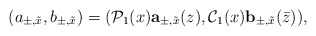
\begin{align*}(a_{\pm,\tilde x},b_{\pm,\tilde x})=(\mathcal P_1(x)\mbox{\bf a}_{\pm,\tilde x}(z),\mathcal C_1(x)\mbox{\bf b}_{\pm,\tilde x}(\bar z)),\end{align*}